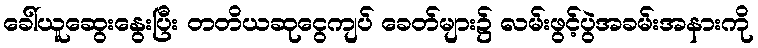
ခေါ်ယူဆွေးနွေးပြီး တတိယဆုငွေကျပ် ခေတ်များ၌ လမ်းဖွင့်ပွဲအခမ်းအနားကို